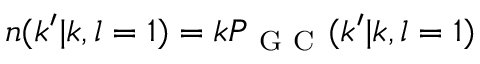
n ( k ^ { \prime } | k , l = 1 ) = k P _ { \mathrm { ~ G ~ C ~ } } ( k ^ { \prime } | k , l = 1 )